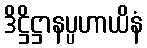
ဒိဋ္ဌိဋ္ဌာနပ္ပဟာယိနံ